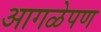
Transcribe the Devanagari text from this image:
आगळेपण